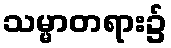
သမ္မာတရား၌